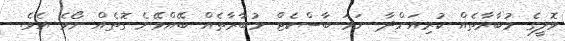
ވޮލީގެ މުބާރާތެއް ކުރިއަށްދާ ނަމަ ބާސްކެޓް މުބާރާތެއް ބޭއްވޭނެ ގޮތެއް ނޯވެ އެވެ.